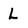
Character: L